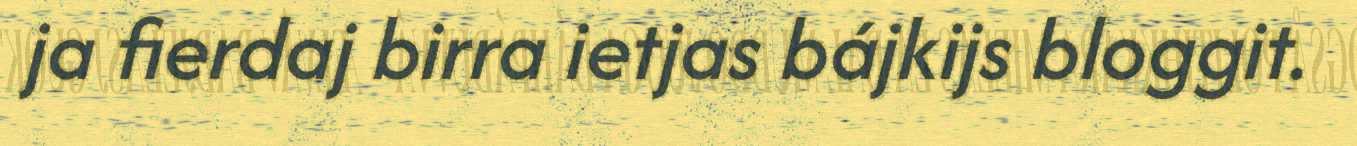
ja fierdaj birra ietjas bájkijs bloggit.